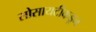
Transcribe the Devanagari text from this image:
सोसायटीकडून